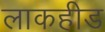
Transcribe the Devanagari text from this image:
लाकहीड